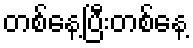
တစ်နေ့ပြီးတစ်နေ့